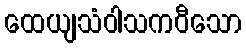
ထေယျသံဝါသကဝီသော